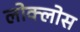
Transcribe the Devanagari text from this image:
लोक्लोस